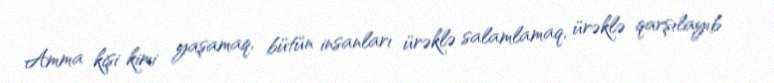
Amma kişi kimi yaşamaq, bütün insanları ürəklə salamlamaq, ürəklə qarşılayıb